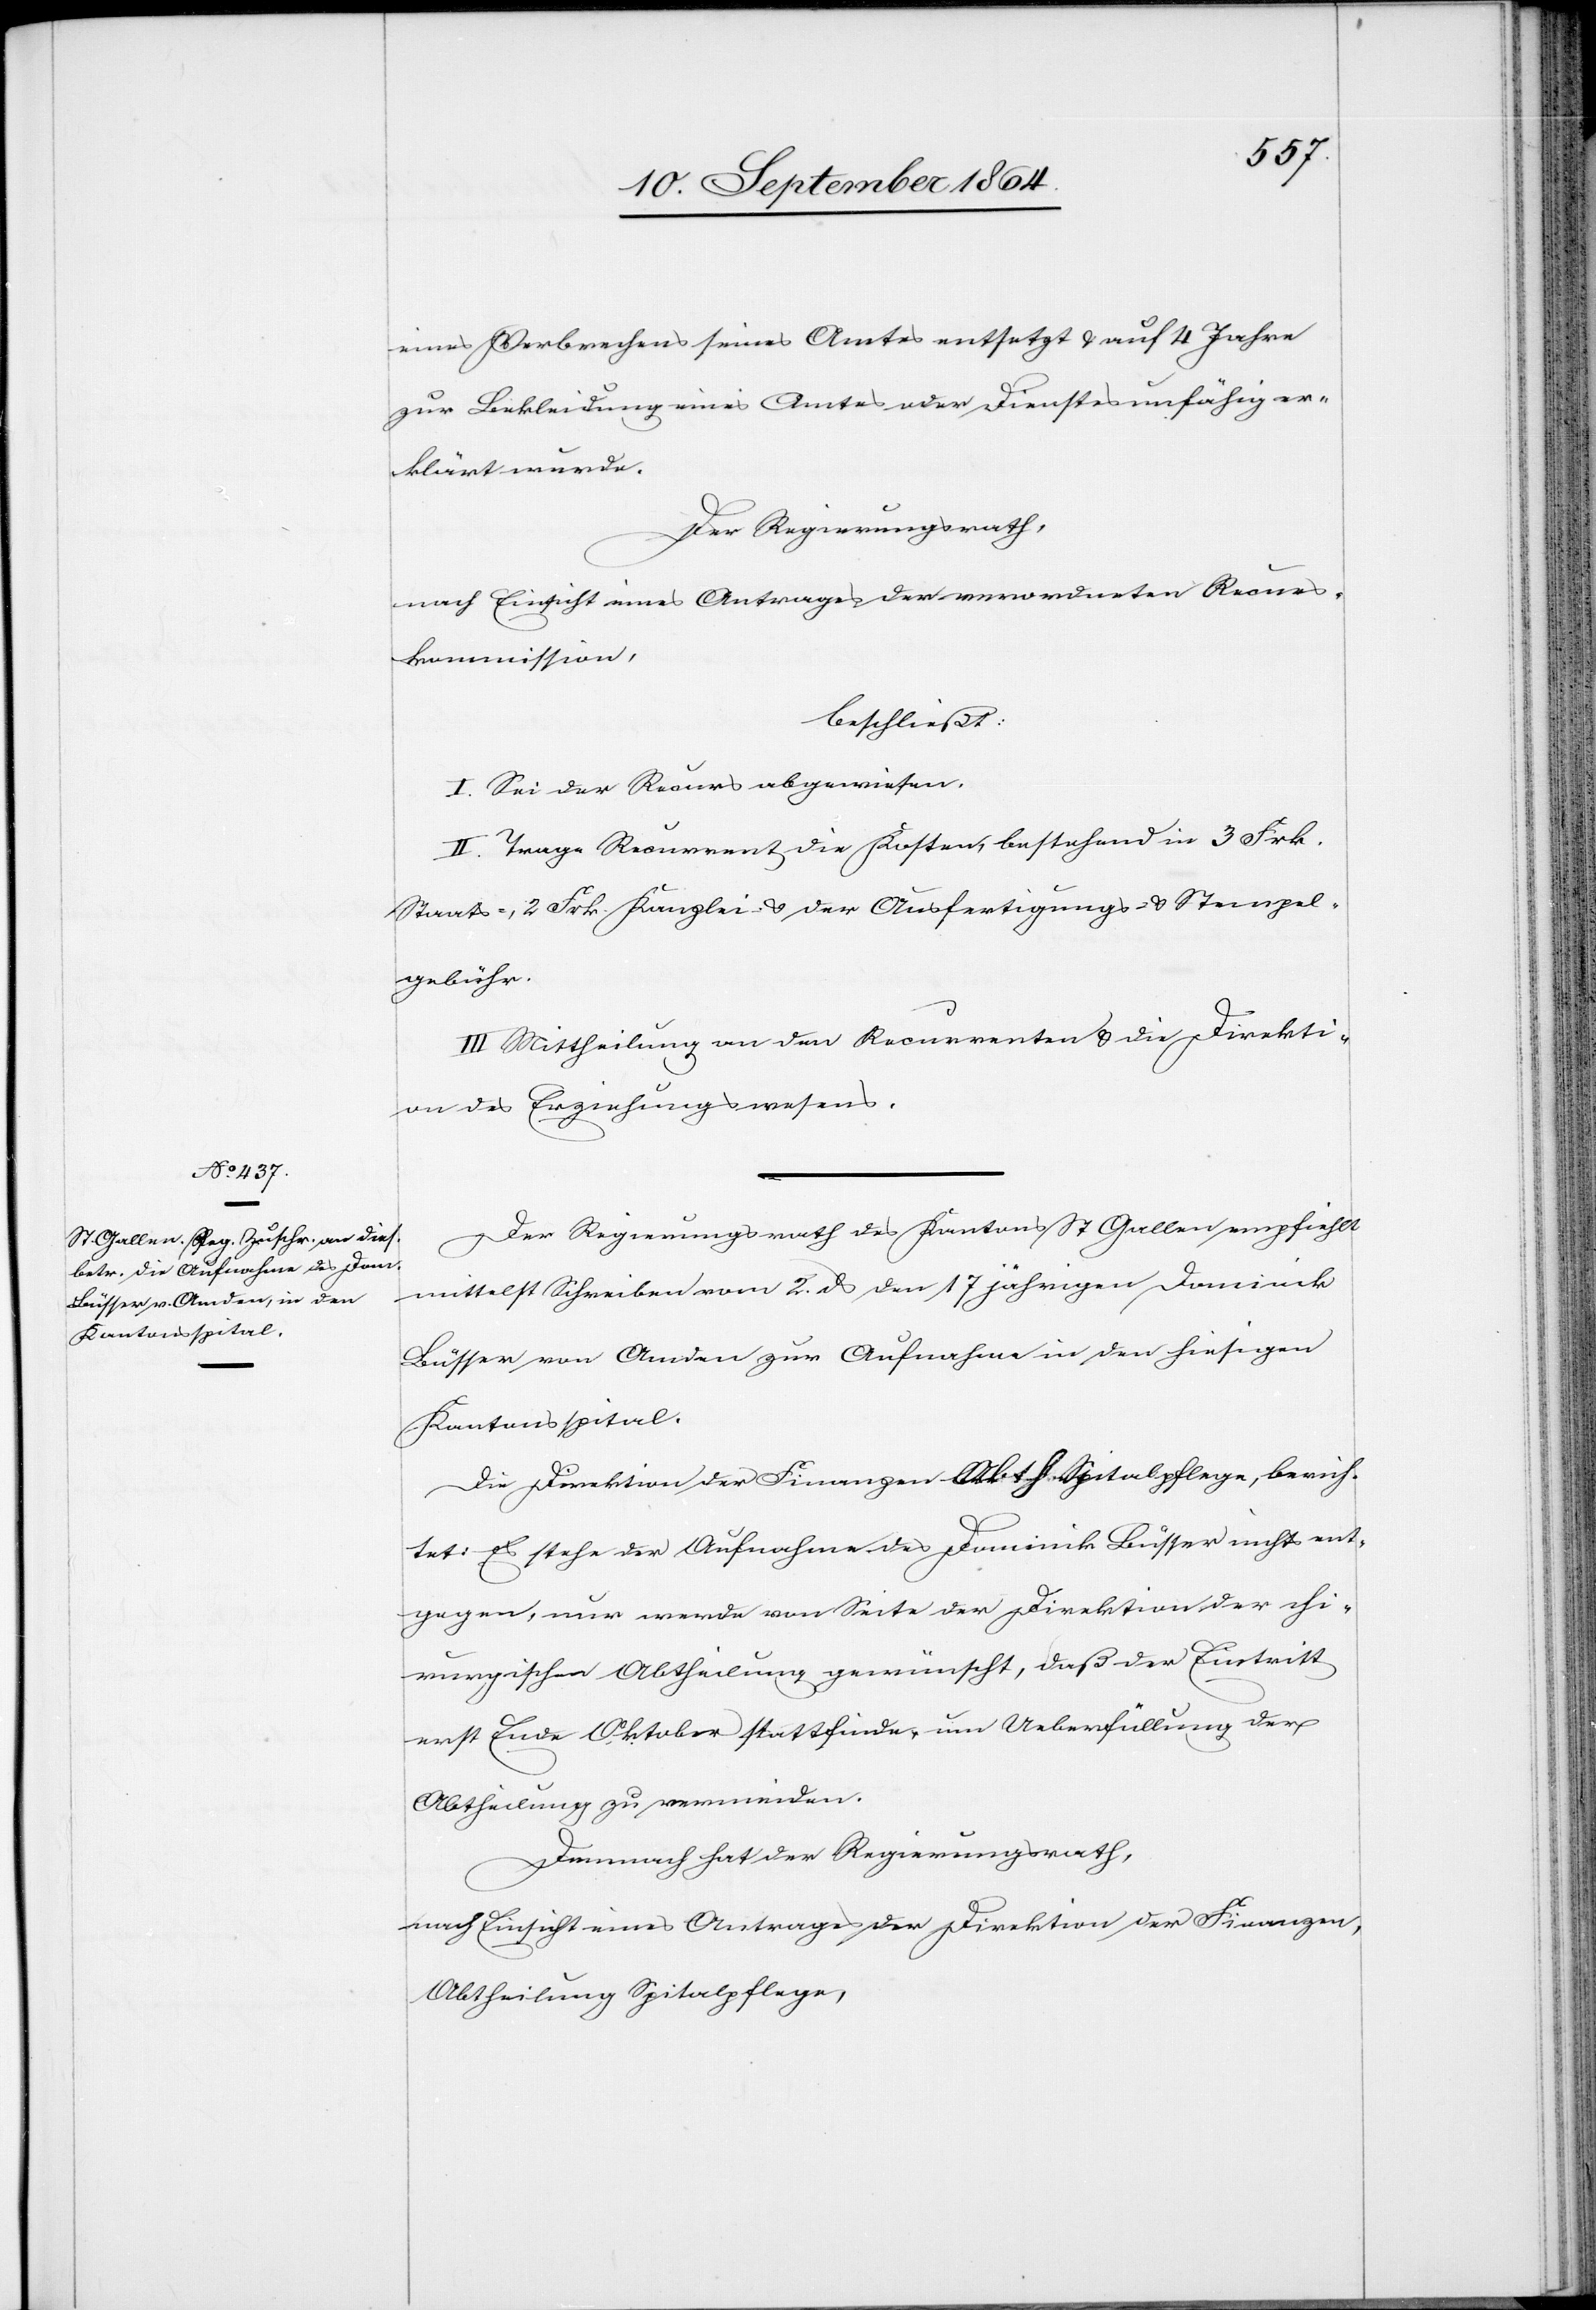
eines Verbrechens seines Amtes entsetzt & auf 4 Jahre
zur Bekleidung eines Amtes oder Dienstes unfähig er¬
klärt wurde.
Der Regierungsrath,
nach Einsicht eines Antrages der verordneten Recurs¬
kommission,
beschließt:
I. Sei der Recurs abgewiesen.
II. Trage Recurrent die Kosten, bestehend in 3 Frk.
Staats-, 2 Frk. Kanzlei & der Ausfertigungs- & Stempel¬
gebühr.
III. Mittheilung an den Recurrenten & die Direkti¬
on des Erziehungswesens.
Der Regierungsrath des Kantons St. Gallen empfiehlt
mittelst Schreiben vom 2. ds den 17jährigen Dominik
Büsser von Amden zur Aufnahme in den hiesigen
Kantonsspital.
Die Direktion der Finanzen, Abth. Spitalpflege, berich¬
tet: Es stehe der Aufnahme des Dominik Büsser nichts ent¬
gegen, nur werde von Seite der Direktion der chi¬
rurgischen Abtheilung gewünscht, daß der Eintritt
erst Ende Oktober stattfinde, um Ueberfüllung der
Abtheilung zu vermeiden.
Demnach hat der Regierungsrath,
nach Einsicht eines Antrages der Direktion der Finanzen,
Abtheilung Spitalpflege,